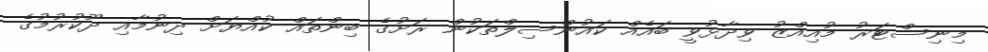
މިނިސްޓަރު މުއިއްޒު ވިދާޅުވީ ބައެއް ކައުންސިލްތަކުން ރަށުގެ ބިންތައް ކުއްޔަށް ދިނުމާއި ދޫކުރުމުގެ